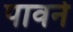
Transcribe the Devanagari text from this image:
पावने